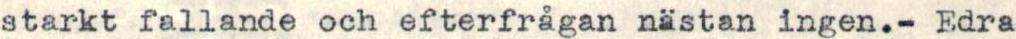
starkt fallande och efterfrågan nästan ingen.- Edra